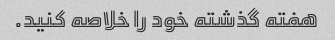
هفته گذشته خود را خلاصه کنید.